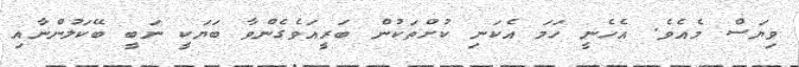
ވިޔަސް މެއެވެ. އެހެނީ ހަމަ އެކަނި ކުށްތަކުން ބަރީއަވެގެންވާ ބަޔަކީ ނަބީ ބޭކަލުންނާއި